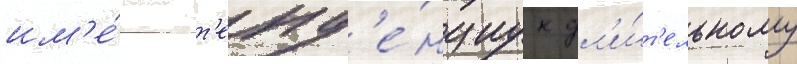
им'е́ют т'енд'е́нциу к дл'и́т'ельному